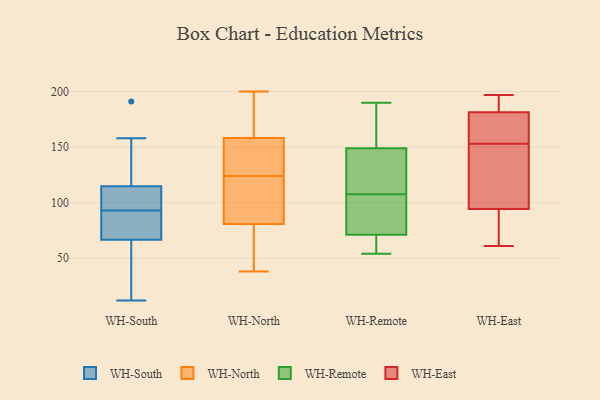
{"axis": {"x": "Shipments", "y": "Value"}, "legend": ["WH-East", "WH-North", "WH-Remote", "WH-South"], "data": [{"x": "", "y": 93, "type": "WH-South"}, {"x": "", "y": 158, "type": "WH-South"}, {"x": "", "y": 65, "type": "WH-South"}, {"x": "", "y": 92, "type": "WH-South"}, {"x": "", "y": 71, "type": "WH-South"}, {"x": "", "y": 111, "type": "WH-South"}, {"x": "", "y": 16, "type": "WH-South"}, {"x": "", "y": 12, "type": "WH-South"}, {"x": "", "y": 82, "type": "WH-South"}, {"x": "", "y": 109, "type": "WH-South"}, {"x": "", "y": 29, "type": "WH-South"}, {"x": "", "y": 191, "type": "WH-South"}, {"x": "", "y": 158, "type": "WH-South"}, {"x": "", "y": 93, "type": "WH-South"}, {"x": "", "y": 52, "type": "WH-South"}, {"x": "", "y": 151, "type": "WH-South"}, {"x": "", "y": 116, "type": "WH-South"}, {"x": "", "y": 96, "type": "WH-South"}, {"x": "", "y": 105, "type": "WH-South"}, {"x": "", "y": 139, "type": "WH-North"}, {"x": "", "y": 73, "type": "WH-North"}, {"x": "", "y": 138, "type": "WH-North"}, {"x": "", "y": 95, "type": "WH-North"}, {"x": "", "y": 134, "type": "WH-North"}, {"x": "", "y": 161, "type": "WH-North"}, {"x": "", "y": 150, "type": "WH-North"}, {"x": "", "y": 167, "type": "WH-North"}, {"x": "", "y": 92, "type": "WH-North"}, {"x": "", "y": 124, "type": "WH-North"}, {"x": "", "y": 187, "type": "WH-North"}, {"x": "", "y": 77, "type": "WH-North"}, {"x": "", "y": 38, "type": "WH-North"}, {"x": "", "y": 200, "type": "WH-North"}, {"x": "", "y": 121, "type": "WH-North"}, {"x": "", "y": 54, "type": "WH-North"}, {"x": "", "y": 121, "type": "WH-North"}, {"x": "", "y": 175, "type": "WH-North"}, {"x": "", "y": 66, "type": "WH-North"}, {"x": "", "y": 54, "type": "WH-Remote"}, {"x": "", "y": 171, "type": "WH-Remote"}, {"x": "", "y": 54, "type": "WH-Remote"}, {"x": "", "y": 71, "type": "WH-Remote"}, {"x": "", "y": 58, "type": "WH-Remote"}, {"x": "", "y": 77, "type": "WH-Remote"}, {"x": "", "y": 149, "type": "WH-Remote"}, {"x": "", "y": 140, "type": "WH-Remote"}, {"x": "", "y": 190, "type": "WH-Remote"}, {"x": "", "y": 173, "type": "WH-Remote"}, {"x": "", "y": 81, "type": "WH-Remote"}, {"x": "", "y": 99, "type": "WH-Remote"}, {"x": "", "y": 116, "type": "WH-Remote"}, {"x": "", "y": 137, "type": "WH-Remote"}, {"x": "", "y": 186, "type": "WH-East"}, {"x": "", "y": 61, "type": "WH-East"}, {"x": "", "y": 197, "type": "WH-East"}, {"x": "", "y": 116, "type": "WH-East"}, {"x": "", "y": 168, "type": "WH-East"}, {"x": "", "y": 153, "type": "WH-East"}, {"x": "", "y": 87, "type": "WH-East"}, {"x": "", "y": 148, "type": "WH-East"}, {"x": "", "y": 159, "type": "WH-East"}, {"x": "", "y": 186, "type": "WH-East"}, {"x": "", "y": 69, "type": "WH-East"}]}